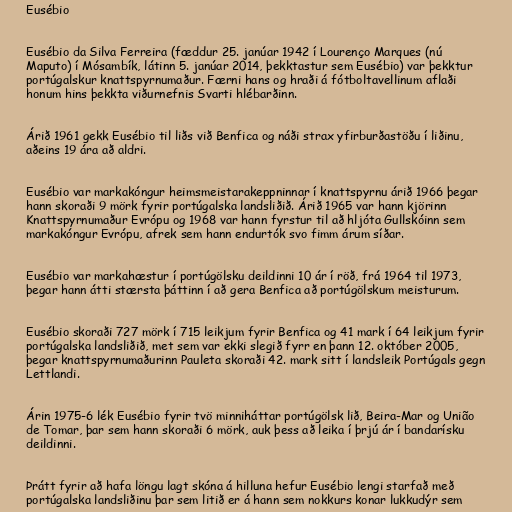
Eusébio

Eusébio da Silva Ferreira (fæddur 25. janúar 1942 í Lourenço Marques (nú
Maputo) í Mósambík, látinn 5. janúar 2014, þekktastur sem Eusébio) var þekktur
portúgalskur knattspyrnumaður. Færni hans og hraði á fótboltavellinum aflaði
honum hins þekkta viðurnefnis Svarti hlébarðinn.

Árið 1961 gekk Eusébio til liðs við Benfica og náði strax yfirburðastöðu í liðinu,
aðeins 19 ára að aldri.

Eusébio var markakóngur heimsmeistarakeppninnar í knattspyrnu árið 1966 þegar
hann skoraði 9 mörk fyrir portúgalska landsliðið. Árið 1965 var hann kjörinn
Knattspyrnumaður Evrópu og 1968 var hann fyrstur til að hljóta Gullskóinn sem
markakóngur Evrópu, afrek sem hann endurtók svo fimm árum síðar.

Eusébio var markahæstur í portúgölsku deildinni 10 ár í röð, frá 1964 til 1973,
þegar hann átti stærsta þáttinn í að gera Benfica að portúgölskum meisturum.

Eusébio skoraði 727 mörk í 715 leikjum fyrir Benfica og 41 mark í 64 leikjum fyrir
portúgalska landsliðið, met sem var ekki slegið fyrr en þann 12. október 2005,
þegar knattspyrnumaðurinn Pauleta skoraði 42. mark sitt í landsleik Portúgals gegn
Lettlandi.

Árin 1975-6 lék Eusébio fyrir tvö minniháttar portúgölsk lið, Beira-Mar og União
de Tomar, þar sem hann skoraði 6 mörk, auk þess að leika í þrjú ár í bandarísku
deildinni.

Þrátt fyrir að hafa löngu lagt skóna á hilluna hefur Eusébio lengi starfað með
portúgalska landsliðinu þar sem litið er á hann sem nokkurs konar lukkudýr sem